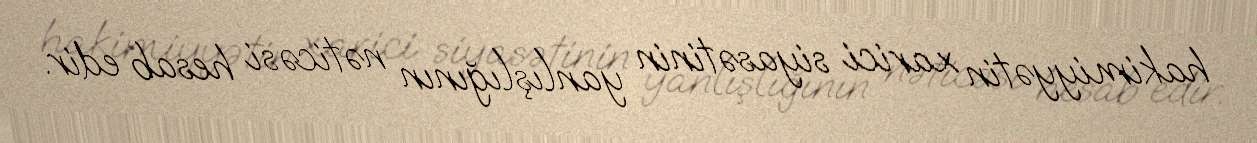
hakimiyyətin xarici siyasətinin yanlışlığının nəticəsi hesab edir.